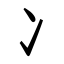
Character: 冫